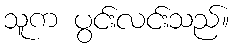
သူက ပွင်းလင်းသည်။